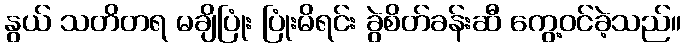
နွယ် သတိတရ မချိပြုံး ပြုံးမိရင်း ခွဲစိတ်ခန်းဆီ ကွေ့ဝင်ခဲ့သည်။